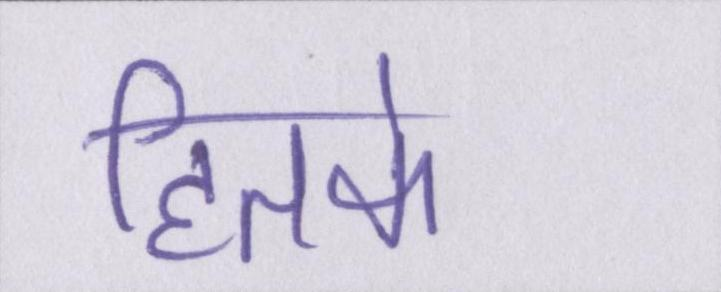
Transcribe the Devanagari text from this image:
हितके